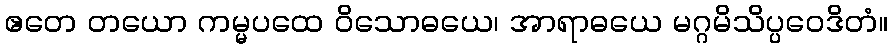
ဧတေ တယော ကမ္မပထေ ဝိသောဓယေ၊ အာရာဓယေ မဂ္ဂမိသိပ္ပဝေဒိတံ။